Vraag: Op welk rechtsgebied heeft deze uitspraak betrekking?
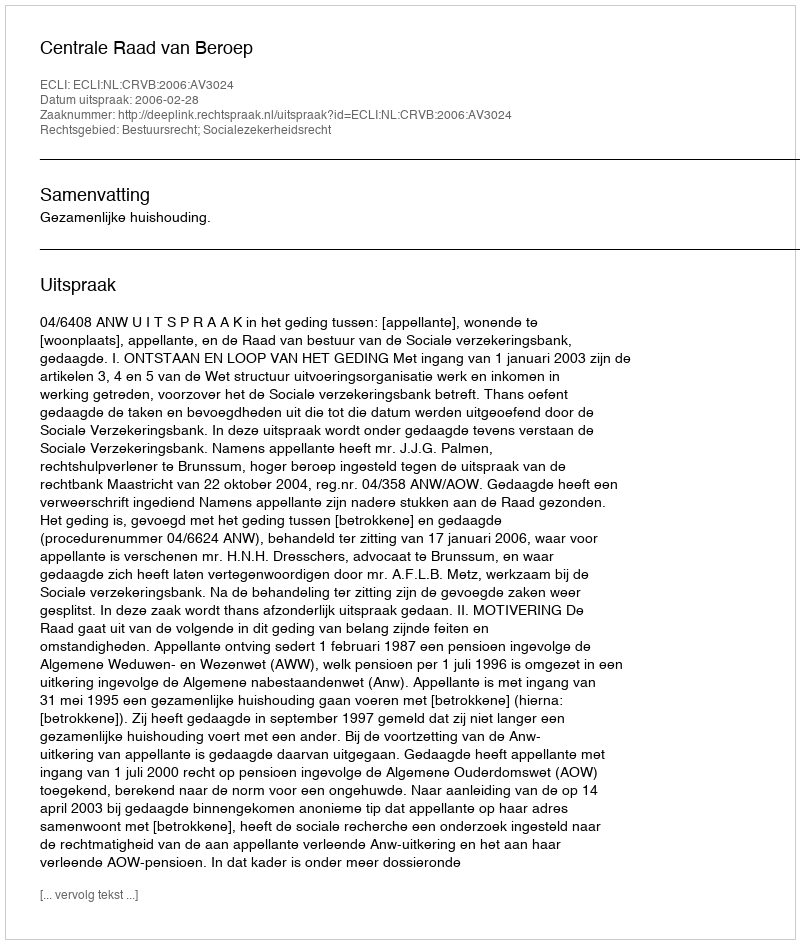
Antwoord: Bestuursrecht; Socialezekerheidsrecht